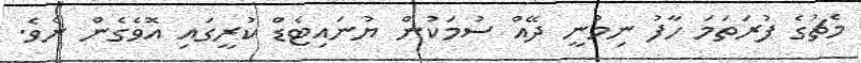
މެޗުގެ ފުރަތަމަ ހާފު ނިމުނީ ދޭއް ސުމަކުން ޔުނައިޓެޑް ކުރީގައި އޮވެގެން ނެވެ.